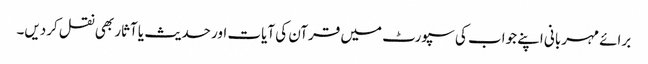
برائے مہربانی اپنے جواب کی سپورٹ میں قرآن کی آیات اور حدیث یا آثار بھی نقل کردیں۔